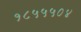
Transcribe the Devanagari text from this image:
१८५५५०४